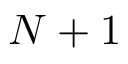
N + 1